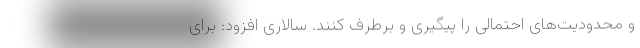
و محدودیت‌های احتمالی را پیگیری و برطرف کنند. سالاری افزود: برای